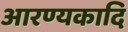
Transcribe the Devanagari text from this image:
आरण्यकादि